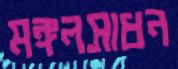
মঙ্গলসাধন